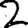
Digit: 2